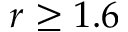
r \geq 1 . 6